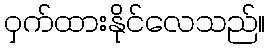
ဝှက်ထားနိုင်လေသည်။